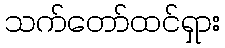
သက်တော်ထင်ရှား